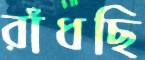
রাঁধছি